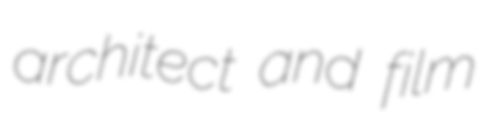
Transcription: architect and film